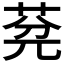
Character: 𦯲